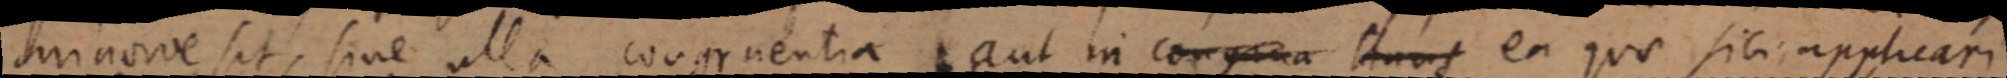
minorve sit, sine ulla congruentia aut in congrua Huns ea quo sibi applicari